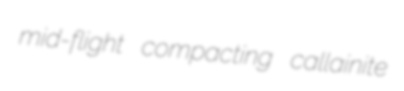
mid-flight compacting callainite